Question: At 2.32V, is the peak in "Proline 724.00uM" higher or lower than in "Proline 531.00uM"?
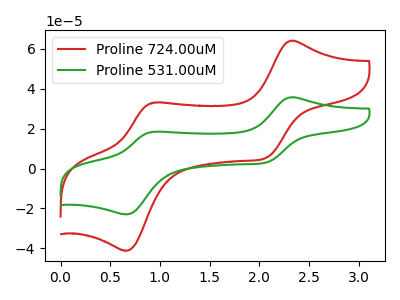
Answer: <think>The red curve "Proline 724.00uM" has anodic peaks at (2.30V, 64.05uA) (0.95V, 33.05uA) and cathodic peaks at (2.05V, 5.35uA) (0.65V, -41.20uA). The green curve "Proline 531.00uM" has anodic peaks at (2.30V, 35.75uA) (0.95V, 18.40uA) and cathodic peaks at (2.05V, 2.95uA) (0.65V, -22.95uA).</think>
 <answer>The peak at 2.32V is higher in "Proline 724.00uM" than in "Proline 531.00uM".</answer>
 <eval>higher</eval>